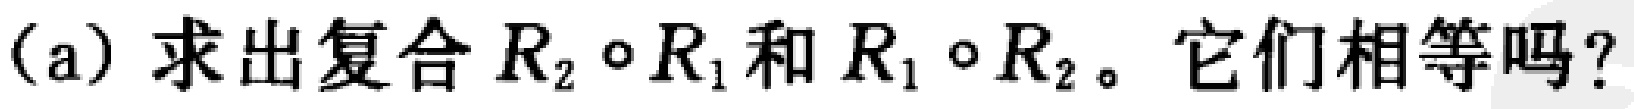
(a) 求出复合 \(R_{2}\circ R_{1}\) 和 \(R_{1}\circ R_{2}\)。它们相等吗？